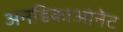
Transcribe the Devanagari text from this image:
अनडिकाओनेट